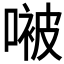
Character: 𫫢